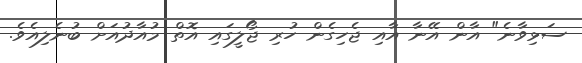
ސަޅިވާނެ" އާން އޭނާ އާއި ޖެހިގެން ހުރި ޖޯލީގައި އޮތް މުއާދުއަށް ބުނެލިއެވެ.